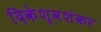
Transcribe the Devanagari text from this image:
दिकेश्वशंकर